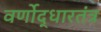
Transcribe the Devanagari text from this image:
वर्णोद्धारतंत्र